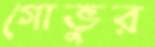
গোভুর